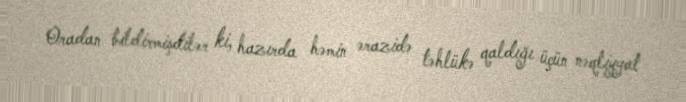
Oradan bildirmişdilər ki, hazırda həmin ərazidə təhlükə qaldığı üçün nəqliyyat